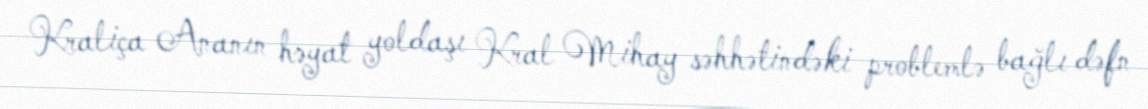
Kraliça Ananın həyat yoldaşı Kral Mihay səhhətindəki problemlə bağlı dəfn